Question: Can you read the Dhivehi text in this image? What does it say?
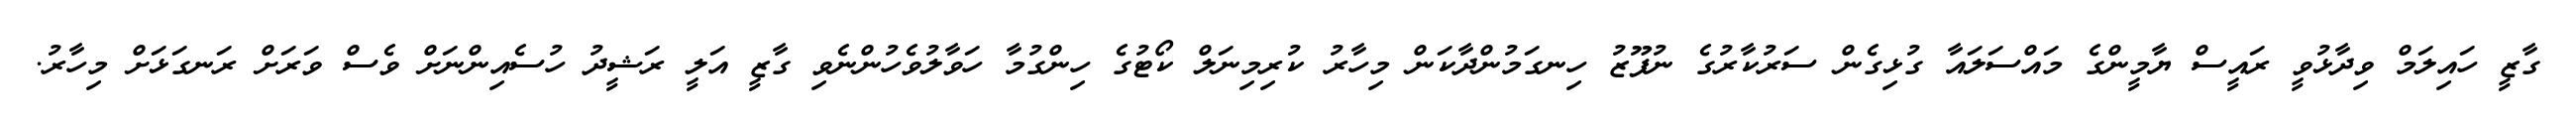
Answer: ގާޒީ ހައިލަމް ވިދާޅުވީ ރައީސް ޔާމީންގެ މައްސަލައާ ގުޅިގެން ސަރުކާރުގެ ނުފޫޒު ހިނގަމުންދާކަން މިހާރު ކުރިމިނަލް ކޯޓުގެ ހިންގުމާ ހަވާލުވެހުންނެވި ގާޒީ އަލީ ރަޝީދު ހުސެއިންނަށް ވެސް ވަރަށް ރަނގަޅަށް މިހާރު.